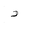
Letter: _dal